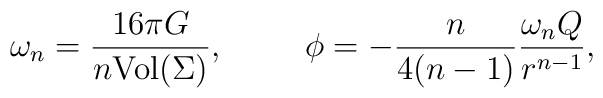
\omega_n=\frac{16\pi G}{n\mbox {Vol}(\Sigma)},\hspace{1cm}\phi=-\frac{n}{4(n-1)}\frac{\omega_n Q}{r^{n-1}},